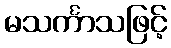
မသင်္ကာသဖြင့်